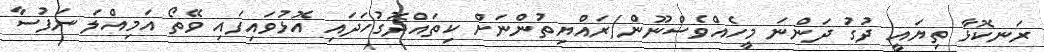
ރަނކޮޅާ ތިޔައީ ދުގު ދަންނަ މީހެއްވެސްްނޫން/ރައްޔިތުންނަށް ކިތައްދޮގުހަދައި އޮޅުވައިފައި ވޭތޯ އަމިއްލަ ނަފުސާ